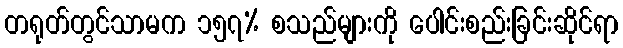
တရုတ်တွင်သာမက ၁၅၇% စသည်များကို ပေါင်းစည်းခြင်းဆိုင်ရာ